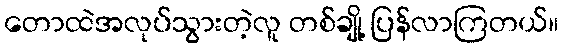
တောထဲအလုပ်သွားတဲ့လူ တစ်ချို့ ပြန်လာကြတယ်။